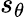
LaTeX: s_{\theta}